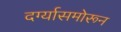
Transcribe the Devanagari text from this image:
दर्ग्यासमोरून